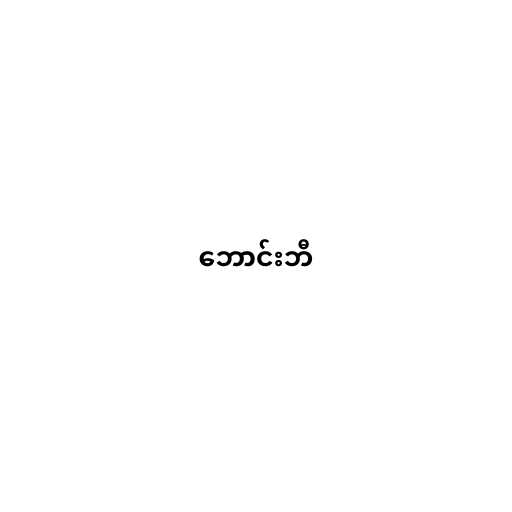
ဘောင်းဘီ